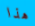
هذا